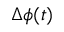
\Delta \phi ( t )